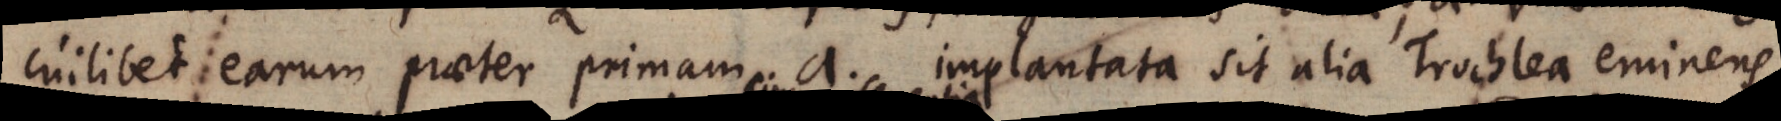
cuilibet earum praeter primam a implantata sit alia Trochlea eminens